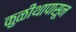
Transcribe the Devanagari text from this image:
कुळीथापासून